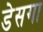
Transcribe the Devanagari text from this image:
डेसगा